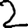
Digit: 2